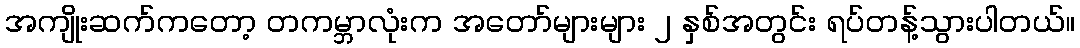
အကျိုးဆက်ကတော့ တကမ္ဘာလုံးက အတော်များများ ၂ နှစ်အတွင်း ရပ်တန့်သွားပါတယ်။